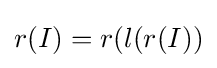
r(I)=r(l(r(I))